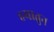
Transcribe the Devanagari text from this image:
हयातुन